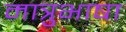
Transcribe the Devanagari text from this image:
मात्रुभाषा